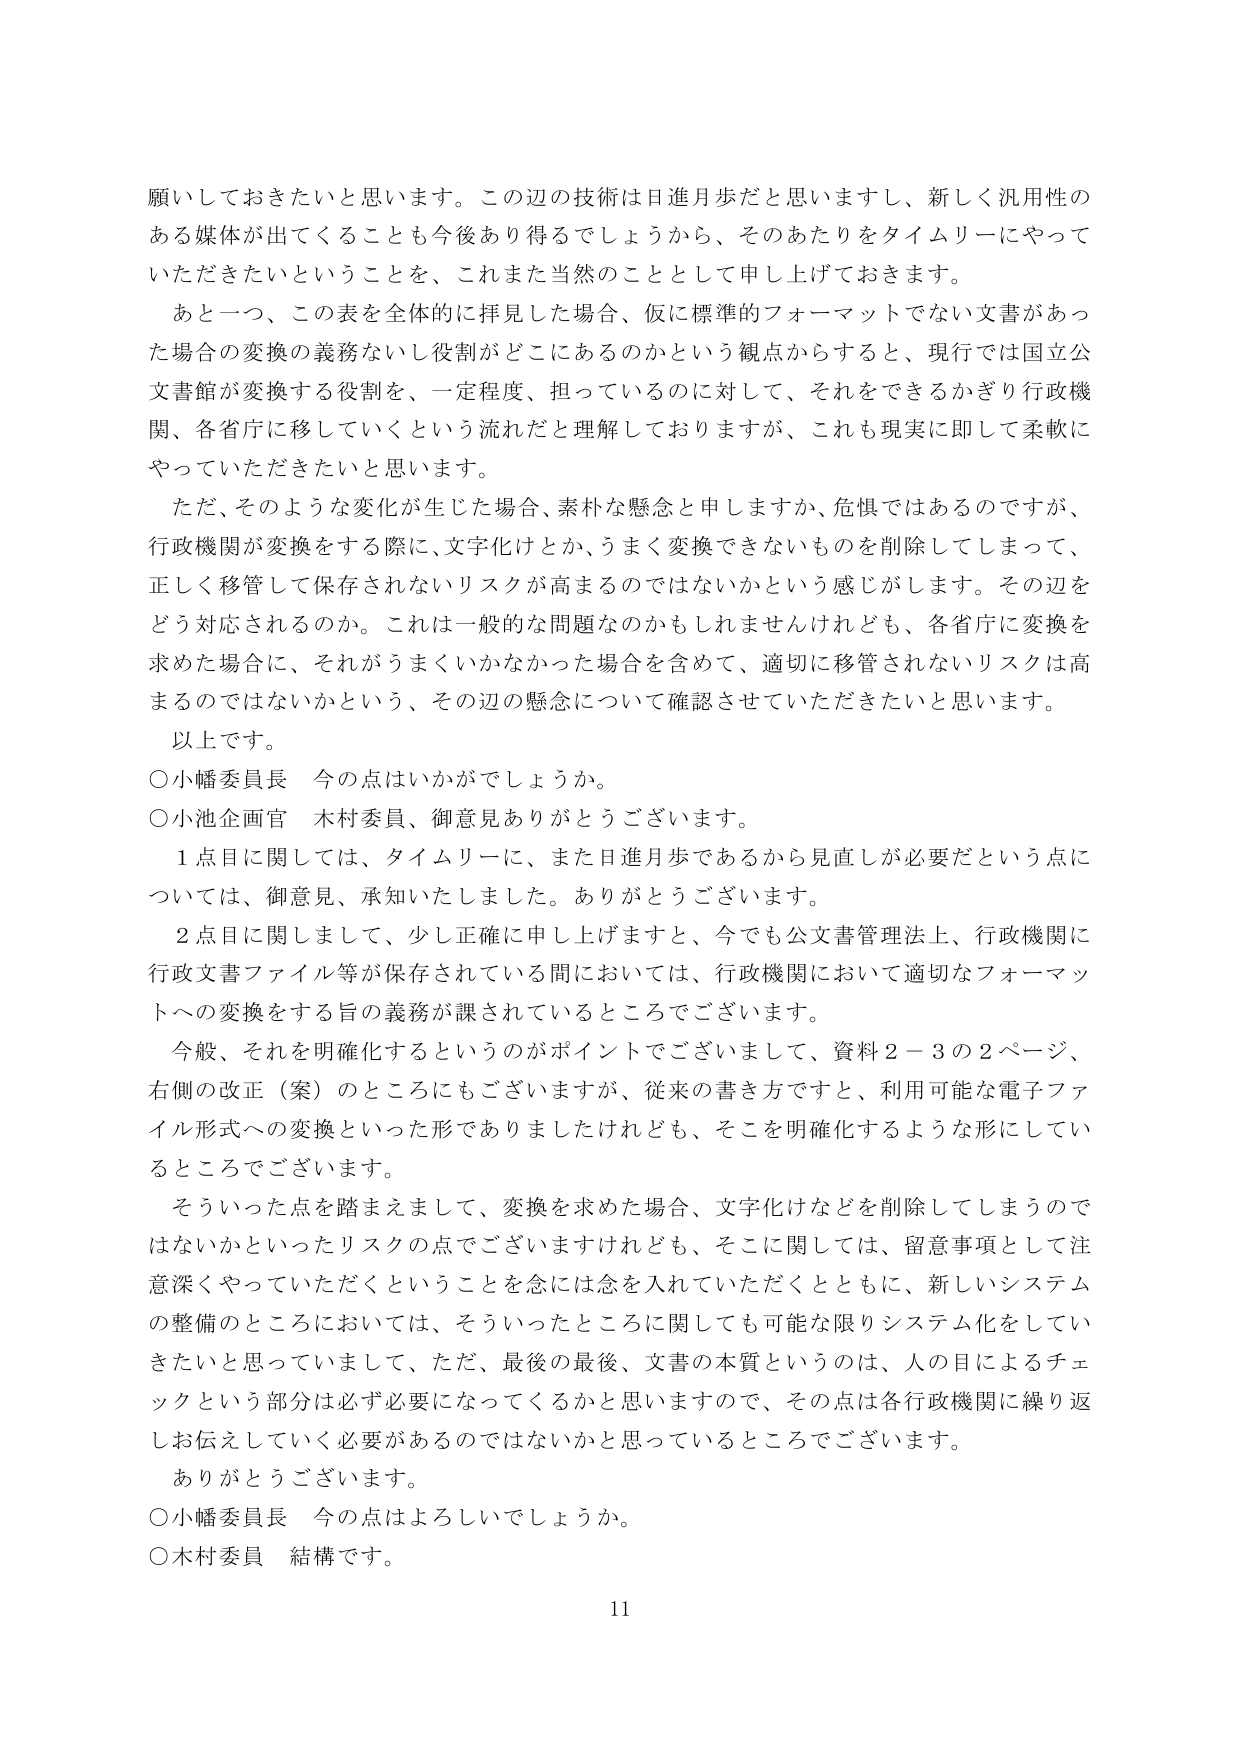
願いしておきたいと思います。この辺の技術は日進月歩だと思いますし、新しく汎用性のある媒体が出てくることも今後あり得るでしょうから、そのあたりをタイムリーにやっていただきたいということを、これまた当然のこととして申し上げておきます。

あと一つ、この表を全体的に拝見した場合、仮に標準的フォーマットでない文書があった場合の変換の義務ないし役割がどこにあるのかという観点からすると、現行では国立公文書館が変換する役割を、一定程度、担っているのに対して、それをできるかぎり行政機関、各省庁に移していくという流れだと理解しておりますが、これも現実に即して柔軟にやっていただきたいと思います。

ただ、そのような変化が生じた場合、素朴な懸念と申しますか、危惧ではあるのですが、行政機関が変換をする際に、文字化けとか、うまく変換できないものを削除してしまって、正しく移管して保存されないリスクが高まるのではないかという感じがします。その辺をどう対応されるのか。これは一般的な問題なのかもしれませんが、各省庁に変換を求めた場合に、それがうまくいかなかった場合を含めて、適切に移管されないリスクは高まるのではないかという、その辺の懸念について確認させていただきたいと思います。

以上です。

○小幡委員長　今の点はいかがでしょうか。

○小池企画官　木村委員、御意見ありがとうございます。

１点目に関しては、タイムリーに、また日進月歩であるから見直しが必要だという点については、御意見、承知いたしました。ありがとうございます。

２点目に関しまして、少し正確に申し上げますと、今でも公文書管理法上、行政機関に行政文書ファイル等が保存されている間においては、行政機関において適切なフォーマットへの変換をする旨の義務が課されているところでございます。

今般、それを明確化するというのがポイントでございまして、資料２－３の２ページ、右側の改正（案）のところにもございますが、従来の書き方ですと、利用可能な電子ファイル形式への変換といった形でありましたけれども、そこを明確化するような形にしていくところでございます。

そういった点を踏まえまして、変換を求めた場合、文字化けなどを削除してしまうのではないかといったリスクの点でございますけれども、そこに関しては、留意事項として注意深くやっていただくということを念には念を入れていただくとともに、新しいシステムの整備のところにおいては、そういったところに関しても可能な限りシステム化をしていきたいと思っていまして、ただ、最後の最後、文書の本質というのは、人の目によるチェックという部分は必ず必要になってくるかと思いますので、その点は各行政機関に繰り返しお伝えしていく必要があるのではないかと思っているところでございます。

ありがとうございます。

○小幡委員長　今の点はよろしいでしょうか。

○木村委員　結構です。

11